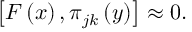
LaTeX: \left[ F \left( x \right) , \pi _ { j k } \left( y \right) \right] \approx 0 .